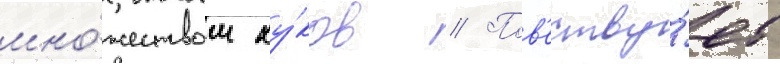
мно́жеством ху́ков // Пов'еству́ет